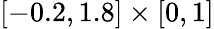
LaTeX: [-0.2,1.8]\times[0,1]